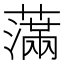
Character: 𦿭